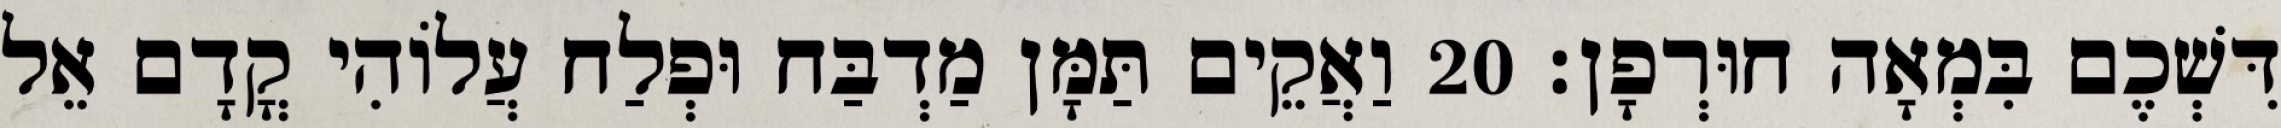
דִּשְׁכֶם בִּמְאָה חוּרְפָן׃ 20 וַאֲקֵים תַּמָּן מַדְבַּח וּפְלַח עֲלוֹהִי קֳדָם אֵל